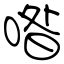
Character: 喒